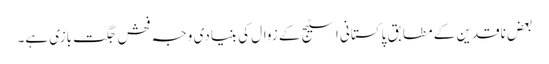
بعض ناقدین کے مطابق پاکستانی اسٹیج کے زوال کی بنیادی وجہ فحش جگت بازی ہے۔